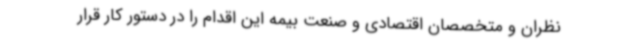
نظران و متخصصان اقتصادی و صنعت بیمه این اقدام را در دستور کار قرار